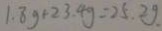
1 . 8 g + 2 3 . 4 g = 2 5 . 2 g .